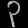
Digit: ၃